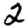
Digit: 2